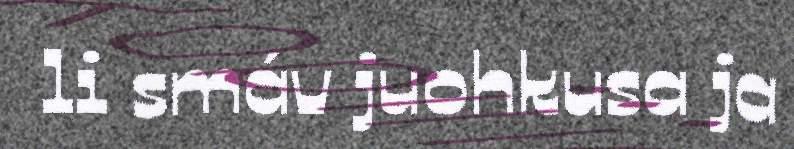
li smáv juohkusa ja